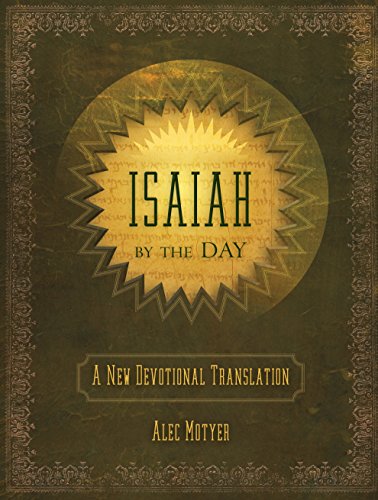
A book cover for Isaiah by the Day: A New Devotional Translation (Daily Readings); Alec Motyer; Christian Books & Bibles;